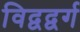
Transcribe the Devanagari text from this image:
विद्वद्वर्ग